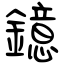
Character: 鐿